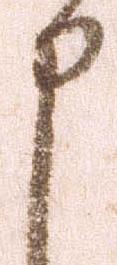
申